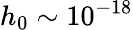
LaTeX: h_{0}\sim 10^{-18}